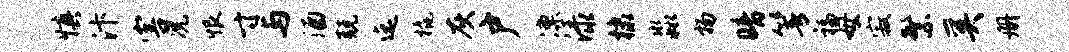
慎汴害况恨寸与酒兢迄橇灰户凛渌棣淼扬暗箐福母寂繁奚册